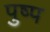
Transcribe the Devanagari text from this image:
पुष्प